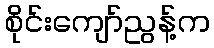
စိုင်းကျော်ညွန့်က